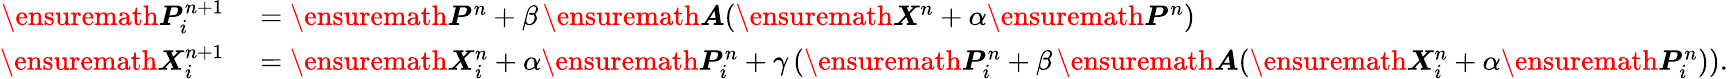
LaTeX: \begin{array}{rl}{\ensuremath{\boldsymbol{P}}_{i}^{n+1}}&{{}=\ensuremath{\boldsymbol{P}}^{n}+\beta\, \ensuremath{\boldsymbol{A}}(\ensuremath{\boldsymbol{X}}^{n}+\alpha\ensuremath{\boldsymbol{P}}^{n})}\\ {\ensuremath{\boldsymbol{X}}_{i}^{n+1}}&{{}=\ensuremath{\boldsymbol{X}}_{i}^{n}+\alpha\ensuremath{\boldsymbol{P}}_{i}^{n}+\gamma\left(\ensuremath{\boldsymbol{P}}_{i}^{n}+\beta\, \ensuremath{\boldsymbol{A}}(\ensuremath{\boldsymbol{X}}_{i}^{n}+\alpha\ensuremath{\boldsymbol{P}}_{i}^{n})\right).}\end{array}